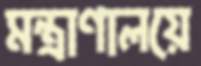
মন্ত্রাণালয়ে